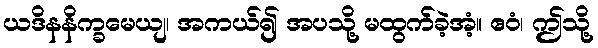
ယဒိနနိက္ခမေယျ၊ အကယ်၍ အပသို့ မထွက်ခဲ့အံ့။ ဧဝံ၊ ဤသို့